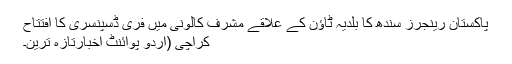
پاکستان رینجرز سندھ کا بلدیہ ٹاؤن کے علاقے مشرف کالونی میں فری ڈسپنسری کا افتتاح
کراچی (اُردو پوائنٹ اخبارتازہ ترین۔